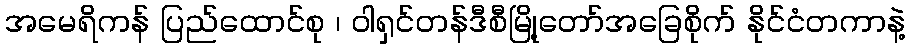
အမေရိကန် ပြည်ထောင်စု ၊ ဝါရှင်တန်ဒီစီမြို့တော်အခြေစိုက် နိုင်ငံတကာနဲ့